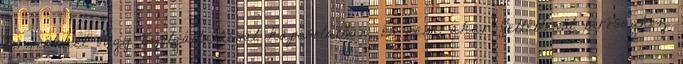
termékkel vagy szolgáltatással kapcsolatban, és nem akar feltétlenül bírósághoz